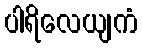
ပါရိလေယျကံ